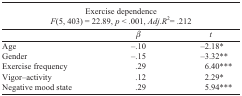
<table><thead><tr><td colspan="3"><b>Exercise dependence <i>F</i>(5, 403) = 22.89, <i>p</i> &lt; .001, <i>Adj.R</i><sup>2</sup>= .212</b></td></tr><tr><td></td><td><b>β</b></td><td><b><i>t</i></b></td></tr></thead><tbody><tr><td>Age</td><td>–.10</td><td>–2.18*</td></tr><tr><td>Gender</td><td>–.15</td><td>–3.32**</td></tr><tr><td>Exercise frequency</td><td>.29</td><td>6.40***</td></tr><tr><td>Vigor–activity</td><td>.12</td><td>2.29*</td></tr><tr><td>Negative mood state</td><td>.29</td><td>5.94***</td></tr></tbody></table>